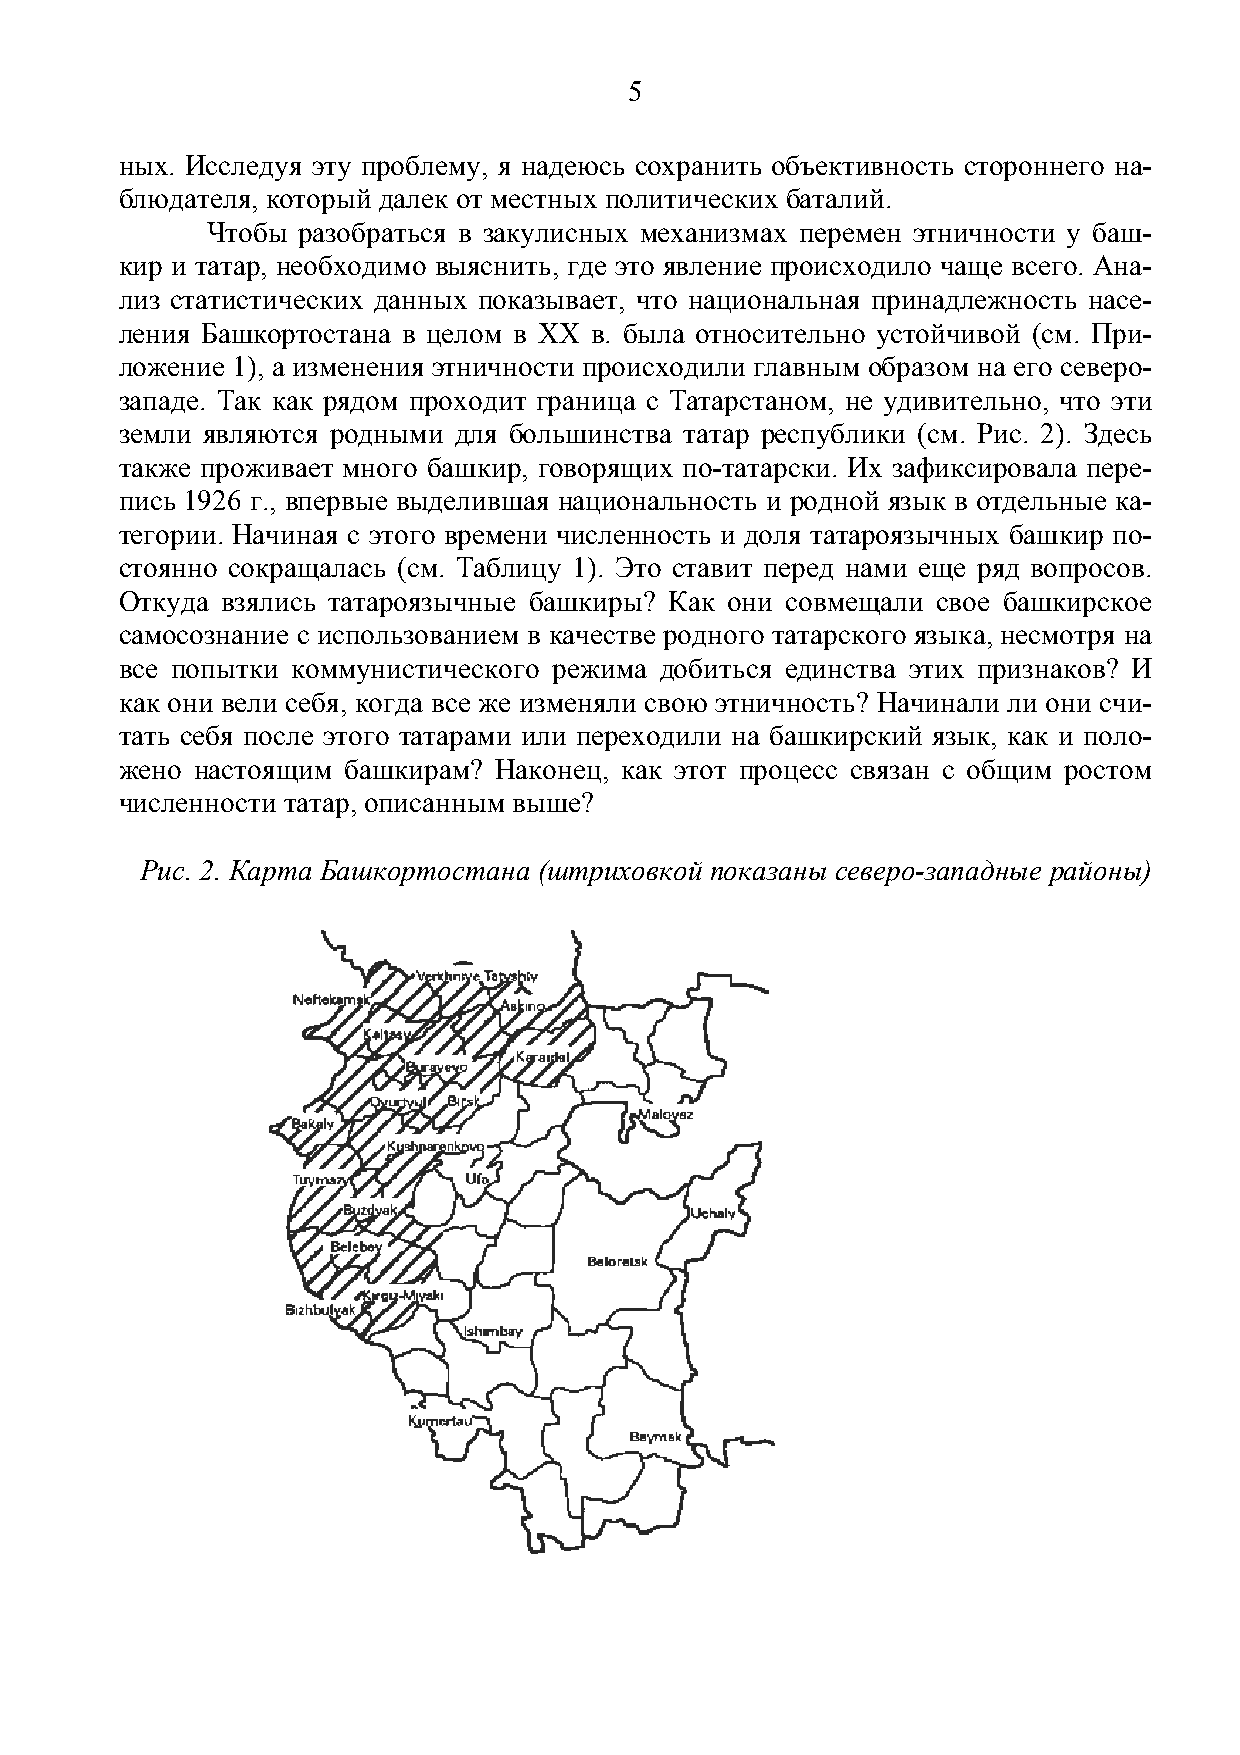
5
 ных. Исследуя эту проблему, я надеюсь сохранить объективность стороннего на-
 блюдателя, который далек от местных политических баталий.
 Чтобы разобраться в закулисных механизмах перемен этничности у баш-
 кир и татар, необходимо выяснить, где это явление происходило чаще всего. Ана-
 лиз статистических данных показывает, что национальная принадлежность насе-
 ления Башкортостана в целом в XX в. была относительно устойчивой (см. При-
 ложение 1), а изменения этничности происходили главным образом на его северо-
 западе. Так как рядом проходит граница с Татарстаном, не удивительно, что эти
 земли являются родными для большинства татар республики (см. Рис. 2). Здесь
 также проживает много башкир, говорящих по-татарски. Их зафиксировала пере-
 пись 1926 г., впервые выделившая национальность и родной язык в отдельные ка-
 тегории. Начиная с этого времени численность и доля тaтароязычных башкир по-
 стоянно сокращалась (см. Таблицу 1). Это ставит перед нами еще ряд вопросов.
 Откуда взялись татароязычные башкиры? Как они совмещали свое башкирское
 самосознание с использованием в качестве родного татарского языка, несмотря на
 все попытки коммунистического режима добиться единства этих признаков? И
 как они вели себя, когда все же изменяли свою этничность? Начинали ли они счи-
 тать себя после этого татарами или переходили на башкирский язык, как и поло-
 жено настоящим башкирам? Наконец, как этот процесс связан с общим ростом
 численности татар, описанным выше?
 Рис. 2. Карта Башкортостана (штриховкой показаны северо-западные районы)